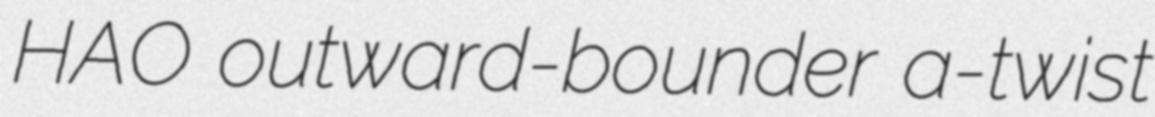
HAO outward-bounder a-twist